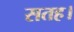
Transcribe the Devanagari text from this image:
सतह।